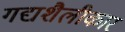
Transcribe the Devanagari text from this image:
गद्यशैलीकार